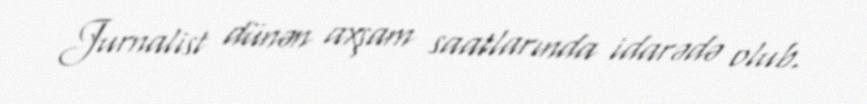
Jurnalist dünən axşam saatlarında idarədə olub.